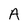
Character: A